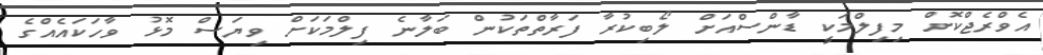
އެވްރެޖްކޮށް މިފިލްމަކީ ޑާންސްއަށް ލޯބިކުރާ ފަރާތްތަކުން ބަލާނެ ފިލްމަކަށް ވިޔަސް މޮޅު ވާހަކައެއްގެ